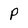
Character: p